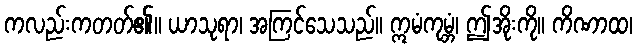
ကလည်းကတတ်၏။ ယာသုရာ၊ အကြင်သေသည်။ ဣမံကုမ္ဘံ၊ ဤအိုးကို။ ကိဏာထ၊